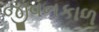
જીવનકાળ